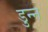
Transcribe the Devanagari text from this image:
डुन्न